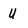
Character: U